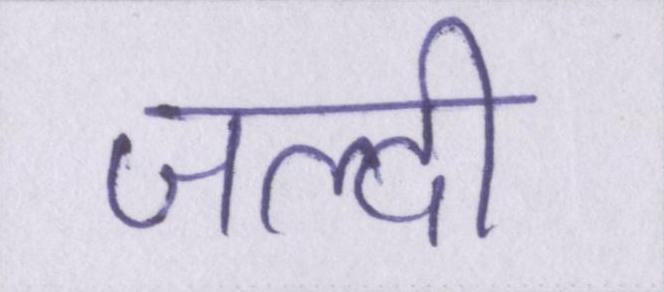
जल्दी